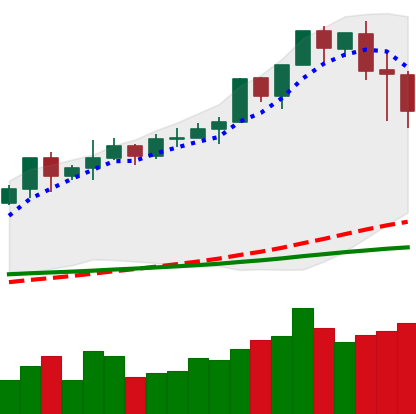
Ticker: XMR-USD
Chart end date: 2020-02-17
Forward return: -4.017%
Label: down_3_5